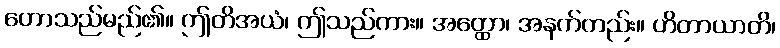
ဟောသည်မည်၏။ ဤတိအယံ၊ ဤသည်ကား။ အတ္ထော၊ အနက်တည်း။ ဟိတာယာတိ၊